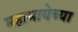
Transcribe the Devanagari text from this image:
महामायेच्या